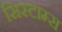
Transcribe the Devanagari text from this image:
सिस्टाम्स